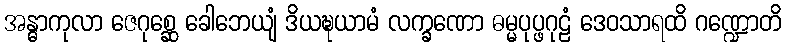
အန္ဓာကုလာ ဇေဂုစ္ဆေ ခေါဘေယျံ ဒိယဍ္ဎယာမံ လက္ခဏော ဓမ္မပုပ္ဖဂုဠံ ဒေဝသာရထိ ဂဏ္ဍောတိ